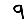
Digit: 9